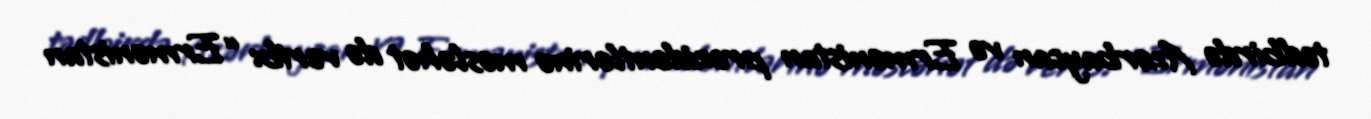
tədbirdə Azərbaycan və Ermənistan prezidentlərinə məsləhət də verib: “Ermənistan